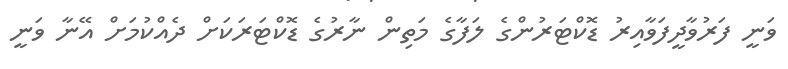
ވަނީ ފަރުވާދީފަވާއިރު ޑޮކްޓަރުންގެ ލަފާގެ މަތިން ނާރުގެ ޑޮކްޓަރަކަށް ދެއްކުމަށް އޭނާ ވަނީ